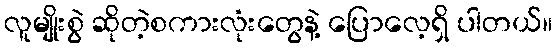
လူမျိုးစွဲ ဆိုတဲ့စကားလုံးတွေနဲ့ ပြောလေ့ရှိ ပါတယ်။